Report on sanitation, dispensaries, and jails in Rajputana for 1910, and on vaccination for the year 1910-1911 - 1910-1911
Year: 1910
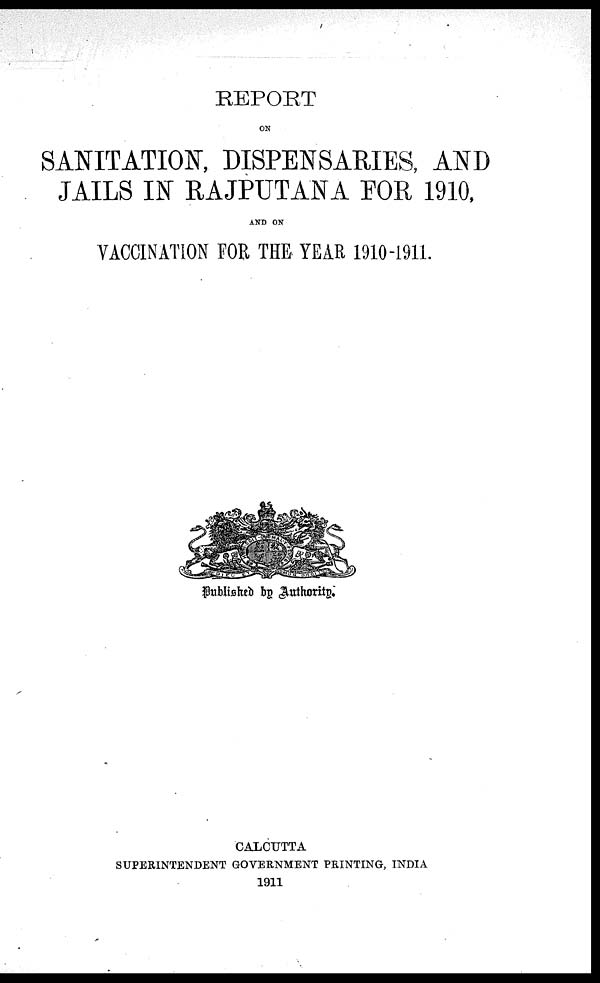
REPORT
ON
SANITATION, DISPENSARIES, AND
JAILS IN RAJPUTANA FOR 1910,
AND ON
VACCINATION FOR THE YEAR 1910-1911.
Published by Authority.
CALCUTTA
SUPERINTENDENT GOVERNMENT PRINTING, INDIA
1911